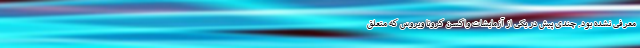
معرفی نشده بود. چندی پیش در یکی از آزمایشات واکسن کرونا ویروس که متعلق